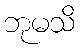
ဘုမသိ